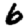
Digit: 6